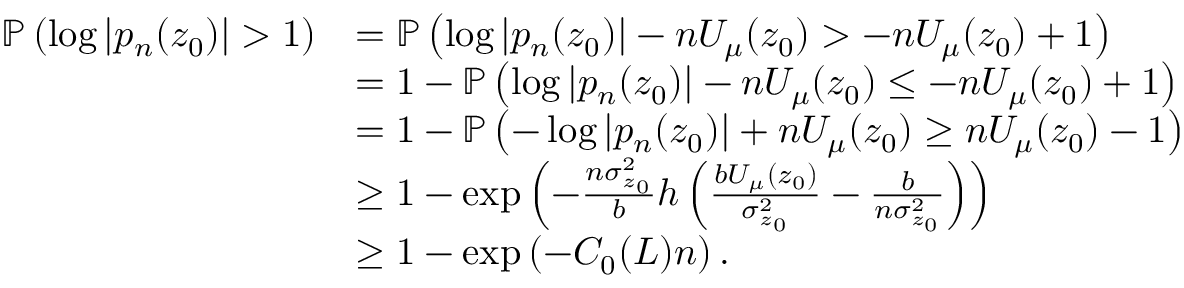
\begin{array} { r l } { { \mathbb { P } } \left( \log | p _ { n } ( z _ { 0 } ) | > 1 \right) } & { = { \mathbb { P } } \left( \log | p _ { n } ( z _ { 0 } ) | - n U _ { \mu } ( z _ { 0 } ) > - n U _ { \mu } ( z _ { 0 } ) + 1 \right) } \\ & { = 1 - { \mathbb { P } } \left( \log | p _ { n } ( z _ { 0 } ) | - n U _ { \mu } ( z _ { 0 } ) \leq - n U _ { \mu } ( z _ { 0 } ) + 1 \right) } \\ & { = 1 - { \mathbb { P } } \left( - \log | p _ { n } ( z _ { 0 } ) | + n U _ { \mu } ( z _ { 0 } ) \geq n U _ { \mu } ( z _ { 0 } ) - 1 \right) } \\ & { \geq 1 - \exp \left( - \frac { n \sigma _ { z _ { 0 } } ^ { 2 } } { b } h \left( \frac { b U _ { \mu } ( z _ { 0 } ) } { \sigma _ { z _ { 0 } } ^ { 2 } } - \frac { b } { n \sigma _ { z _ { 0 } } ^ { 2 } } \right) \right) } \\ & { \geq 1 - \exp \left( - C _ { 0 } ( L ) n \right) . } \end{array}